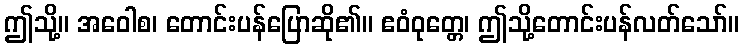
ဤသို့။ အဝေါစ၊ တောင်းပန်ပြောဆို၏။ ဧဝံဝုတ္တေ၊ ဤသို့တောင်းပန်လတ်သော်။